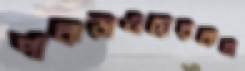
পাকড়াওয়েরকন